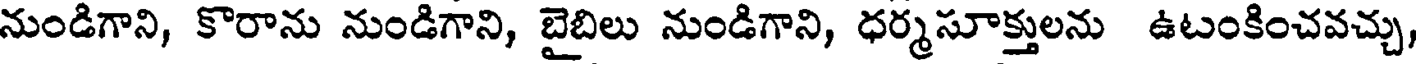
నుండిగాని, కొరాను నుండిగాని, బైబిలు నుండిగాని, ధర్మసూక్తులను ఉటంకించవచ్చు,